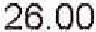
26.00